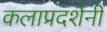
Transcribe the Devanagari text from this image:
कलाप्रदर्शनी